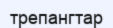
трепангтар